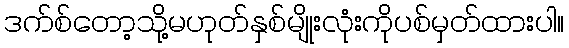
ဒက်စ်တော့သို့မဟုတ်နှစ်မျိုးလုံးကိုပစ်မှတ်ထားပါ။